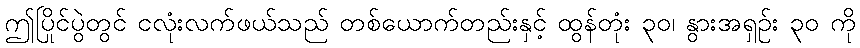
ဤပြိုင်ပွဲတွင် ငလုံးလက်ဖယ်သည် တစ်ယောက်တည်းနှင့် ထွန်တုံး ၃၀၊ နွားအရှဉ်း ၃၀ ကို